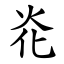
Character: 炛